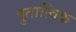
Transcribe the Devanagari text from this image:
पुतात्विक